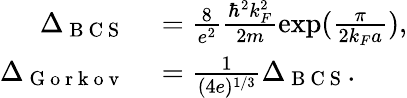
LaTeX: \begin{array}{rl}{\Delta_{\mathrm{~B~C~S~}}}&{{}=\frac{8}{e^{2}}\frac{\hbar^{2}k_{F}^{2}}{2m}\exp(\frac{\pi}{2k_{F}a}),}\\ {\Delta_{\mathrm{~G~o~r~k~o~v~}}}&{{}=\frac{1}{(4e)^{1/3}}\Delta_{\mathrm{~B~C~S~}}.}\end{array}